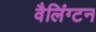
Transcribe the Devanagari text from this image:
वैलिंग्टन